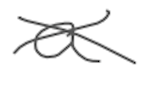
Text: a
Cross-out: cross
Writing tool: digital_gray